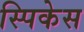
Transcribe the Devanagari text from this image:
स्पिकेस